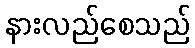
နားလည်စေသည်